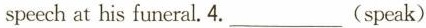
spechat his funeral.4.___(speak)